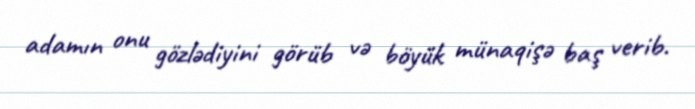
adamın onu gözlədiyini görüb və böyük münaqişə baş verib.